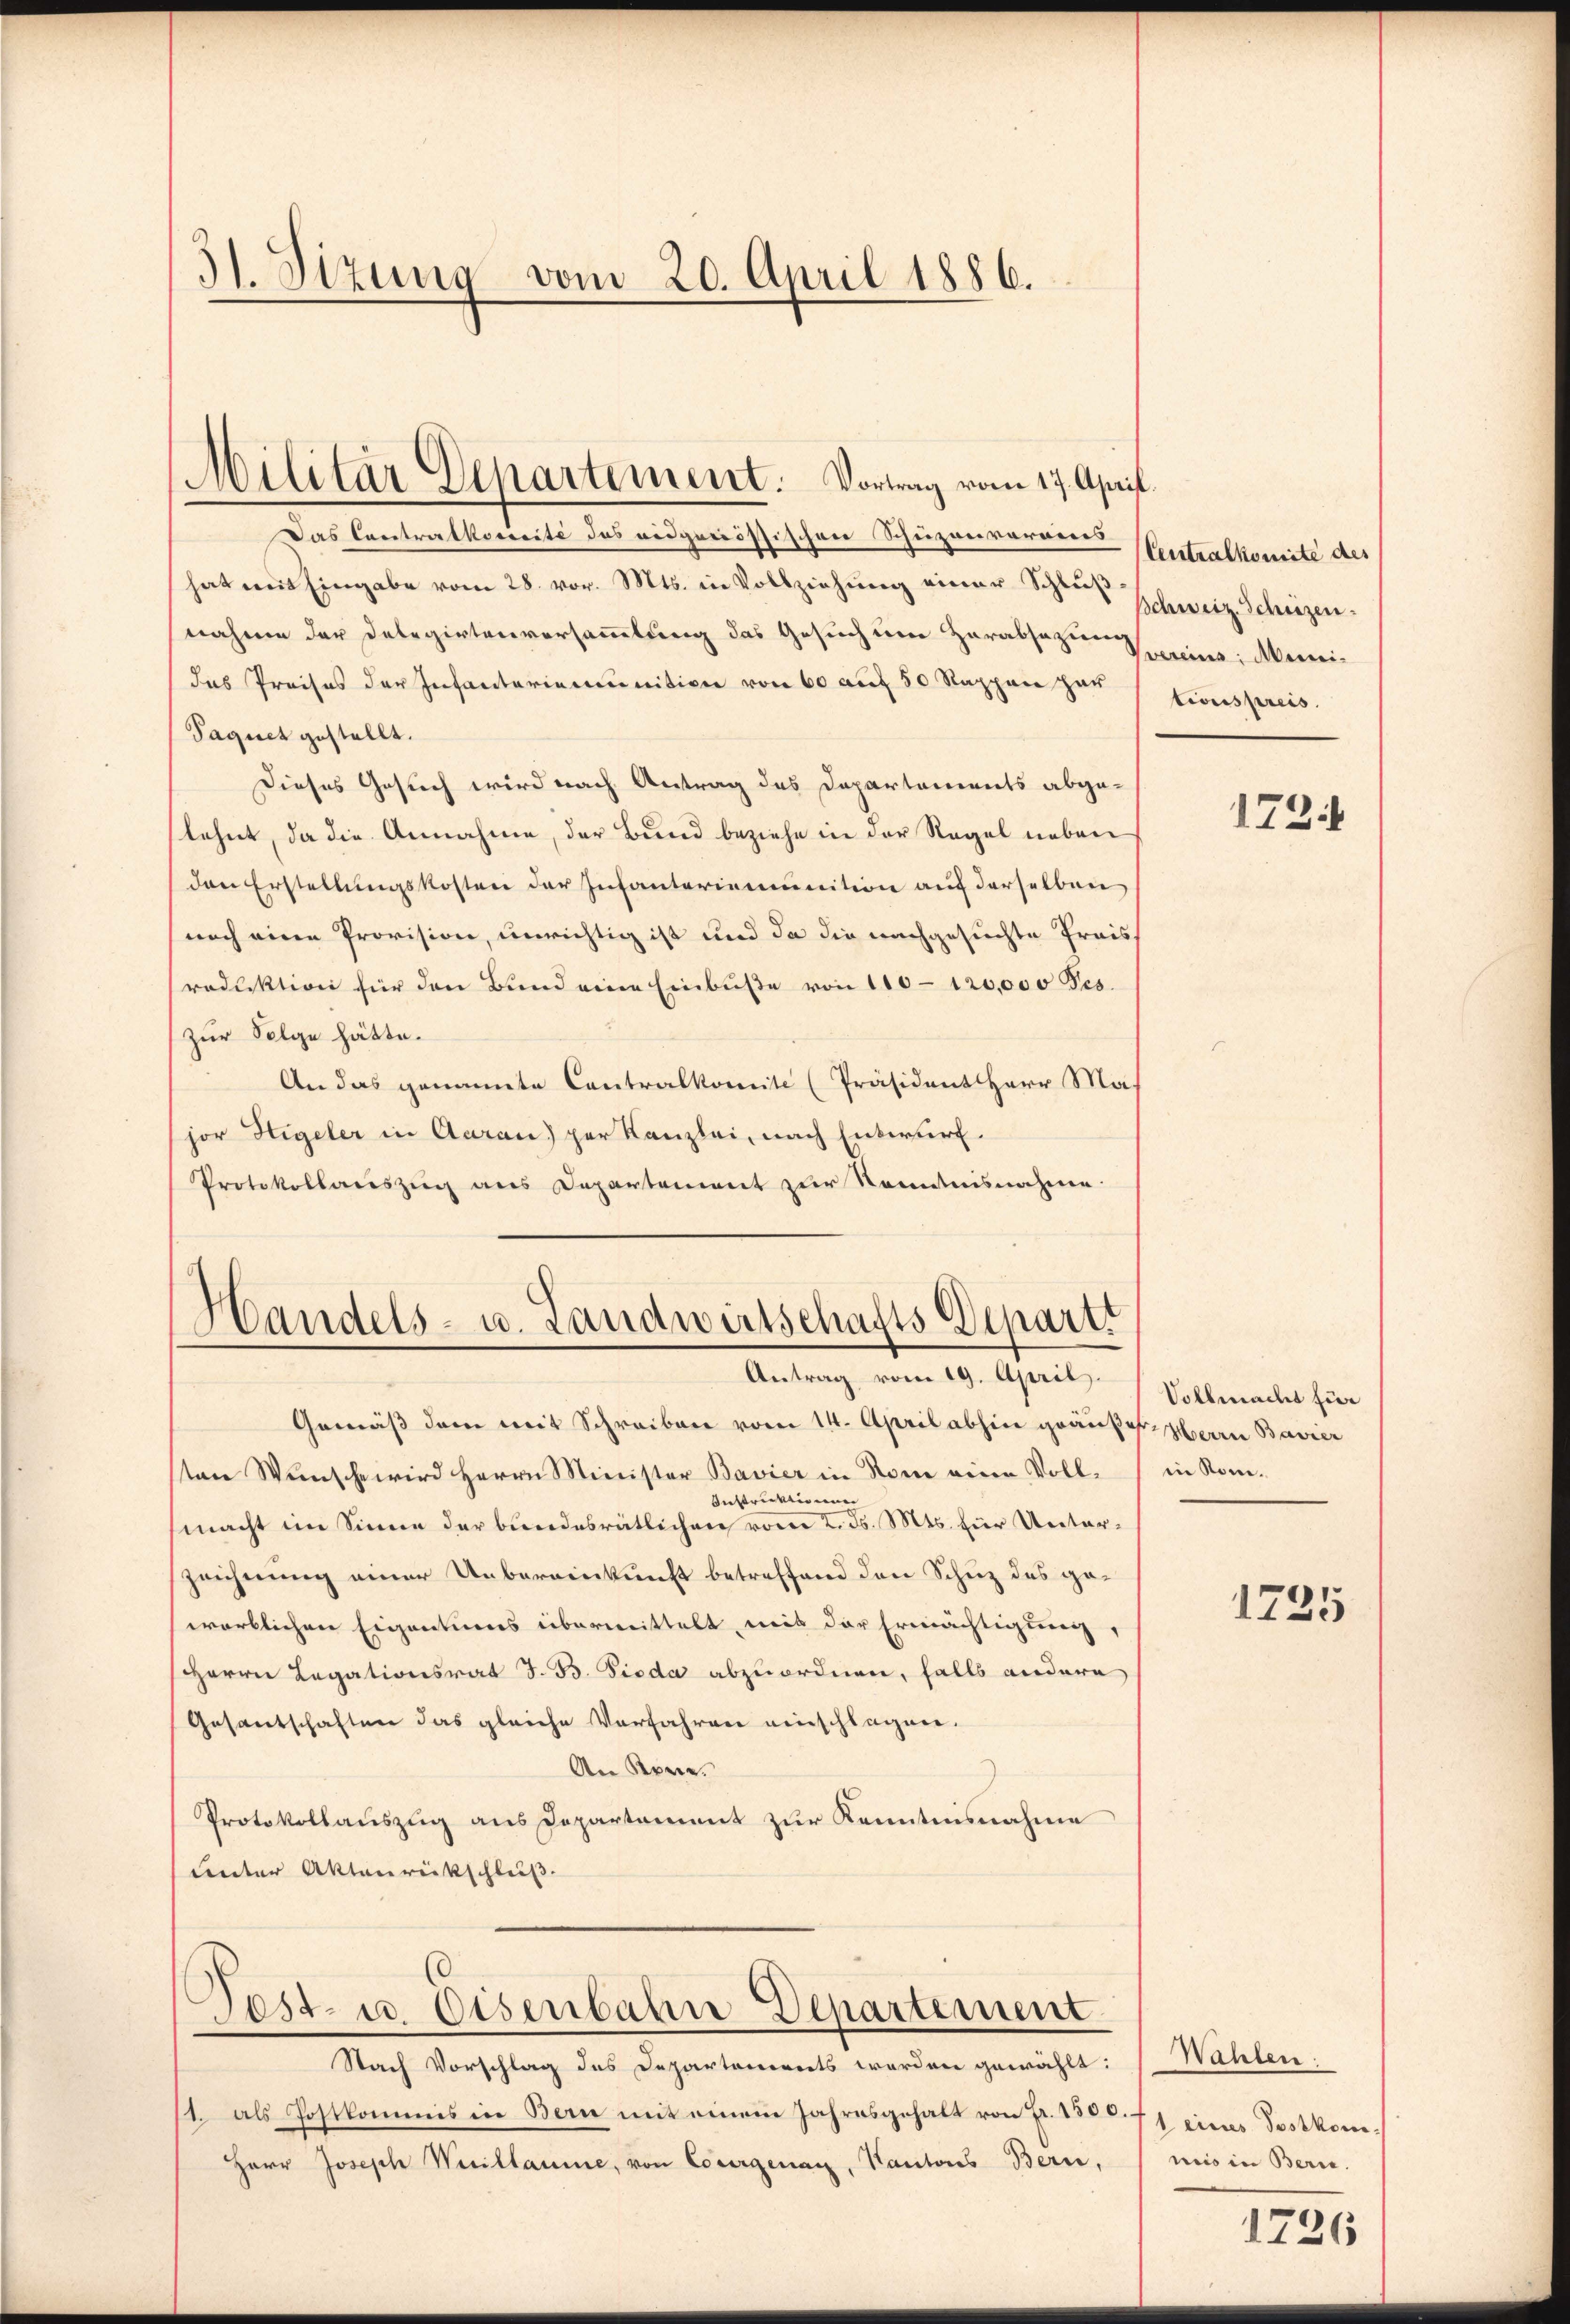
31. Sizung vom 20. April 1886.

Militär Departement. Vortrag vom 17. April

Das Contralkosicité des eidgenössischen Schuzanvorans
hat mit Eingabe vom 28. vor. Mts. in Vollziehung einer Sus Schweiz. Schrezennahme der Delegirtenversammlung das Gesuch um Herabsazung
das Preises der Infanterienunition von 60 auf 50 Rappen her
Paquet gestellt.
Dieses Gesuch wird nach Antrag des Departements abge-
lehnt, da die Annahme, der Bund beziehe in der Regel neben
den Erstellŭngskosten der Infanteriemunition auf derselben
noch eine Provision, unrichtig ist und da die nachgesuchte Preiss
roduktion für den Bund eine Einbuße von 100-120,000 Pes.
zur Folge hätte.
An das genannte Contralkomite (Präsident Herr Mas
jor Sigeler in Aarau) per Kanzlei, nach Entwurf.
Protokollauszug aus Departement zur Kenntnisnahme.

Nach Vorschlag des Departonirets werden gewählt:
1. als Postkommis in Bern mit einem Jahresgehalt von Fr. 1500
Herr Joseph Weillaume, von Courgenau, Kantons Bern,

Handels- u. Landwirtschafts Depart
Antrag vom 19. April.

Fest- u Eisenbahne Departement

Gemäß dem mit Schreiben vom 14. April abhin geäußer Herrn Bavier
sten Wünsche wird Herrn Minister Bavier in Rom eine Voll-
Instruktionen |
macht im Sinne der bundesrätlichen vom 2. d. Mts. für Unterzeichnung einer Uebereinkunft betreffend den Schuz des gewörtlichen Eigentums übermittelt, mit der Ermächtigung,
Herrn Legationsrat J. B. Pioda abzuordnen, falls andere
Gesantschaften das gleiche Verfahren einschlagen.
An Kore.
Protokollauszug aus Departement zur Kenntnisnahme
Lnter Aktenrückschluß.

Centralkomite des
Vvereins, Munitionspreis.

173

Vollmacht für
in Rom.

1725

Wahlen.
f1 eines Postkom
niis in Bern.

1726